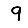
Digit: 9